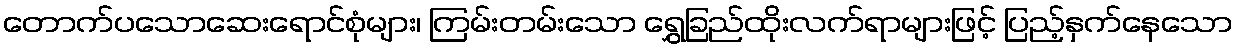
တောက်ပသောဆေးရောင်စုံများ၊ ကြမ်းတမ်းသော ရွှေခြည်ထိုးလက်ရာများဖြင့် ပြည့်နှက်နေသော